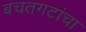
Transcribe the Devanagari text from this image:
बचतगटांचा